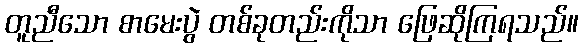
တူညီသော စာမေးပွဲ တစ်ခုတည်းကိုသာ ဖြေဆိုကြရသည်။